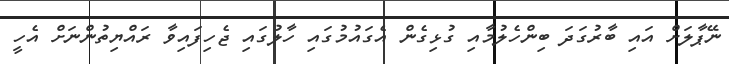
ނޭޕާލަށް އައި ބާރުގަދަ ބިންހެލުމާއި ގުޅިގެން އެގައުމުގައި ހާލުގައި ޖެހިފައިވާ ރައްޔިތުންނަށް އެހީ